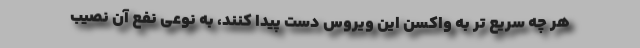
هر چه سریع تر به واکسن این ویروس دست پیدا کنند، به نوعی نفع آن نصیب